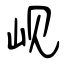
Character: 岘